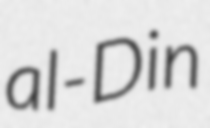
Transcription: al-Din